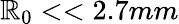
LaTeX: \mathbb{R}_{0}<<2.7mm